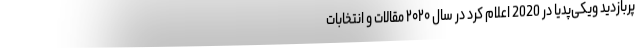
پربازدید ویکی‌پدیا در 2020 اعلام کرد در سال ۲۰۲۰ مقالات و انتخابات